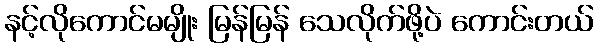
နင့်လိုကောင်မမျိုး မြန်မြန် သေလိုက်ဖို့ပဲ ကောင်းတယ်